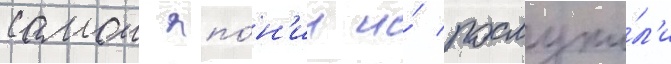
самои япо́н'ии и́ послужи́л'и